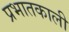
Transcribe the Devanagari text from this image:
प्रभातकाली